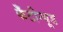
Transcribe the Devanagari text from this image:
कँटीन्यूड